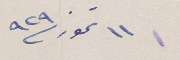
١١ تموز ٩٢٩